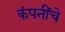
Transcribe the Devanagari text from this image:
कंपनींचे